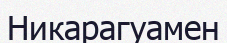
Никарагуамен